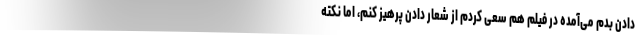
دادن بدم می‌آمده در فیلم هم سعی کردم از شعار دادن پرهیز کنم، اما نکته‌